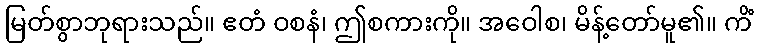
မြတ်စွာဘုရားသည်။ ဧတံ ဝစနံ၊ ဤစကားကို။ အဝေါစ၊ မိန့်တော်မူ၏။ ကိံ